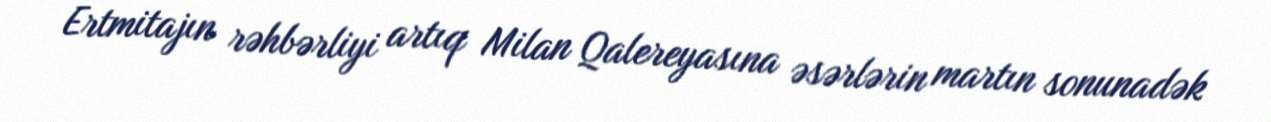
Ertmitajın rəhbərliyi artıq Milan Qalereyasına əsərlərin martın sonunadək